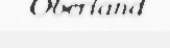
Oberland